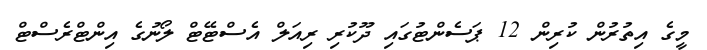
މީގެ އިތުރުން ކުރިން 12 ޕަސެންޓުގައި ދޫކުރި ރިއަލް އެސްޓޭޓް ލޯނުގެ އިންޓްރެސްޓް